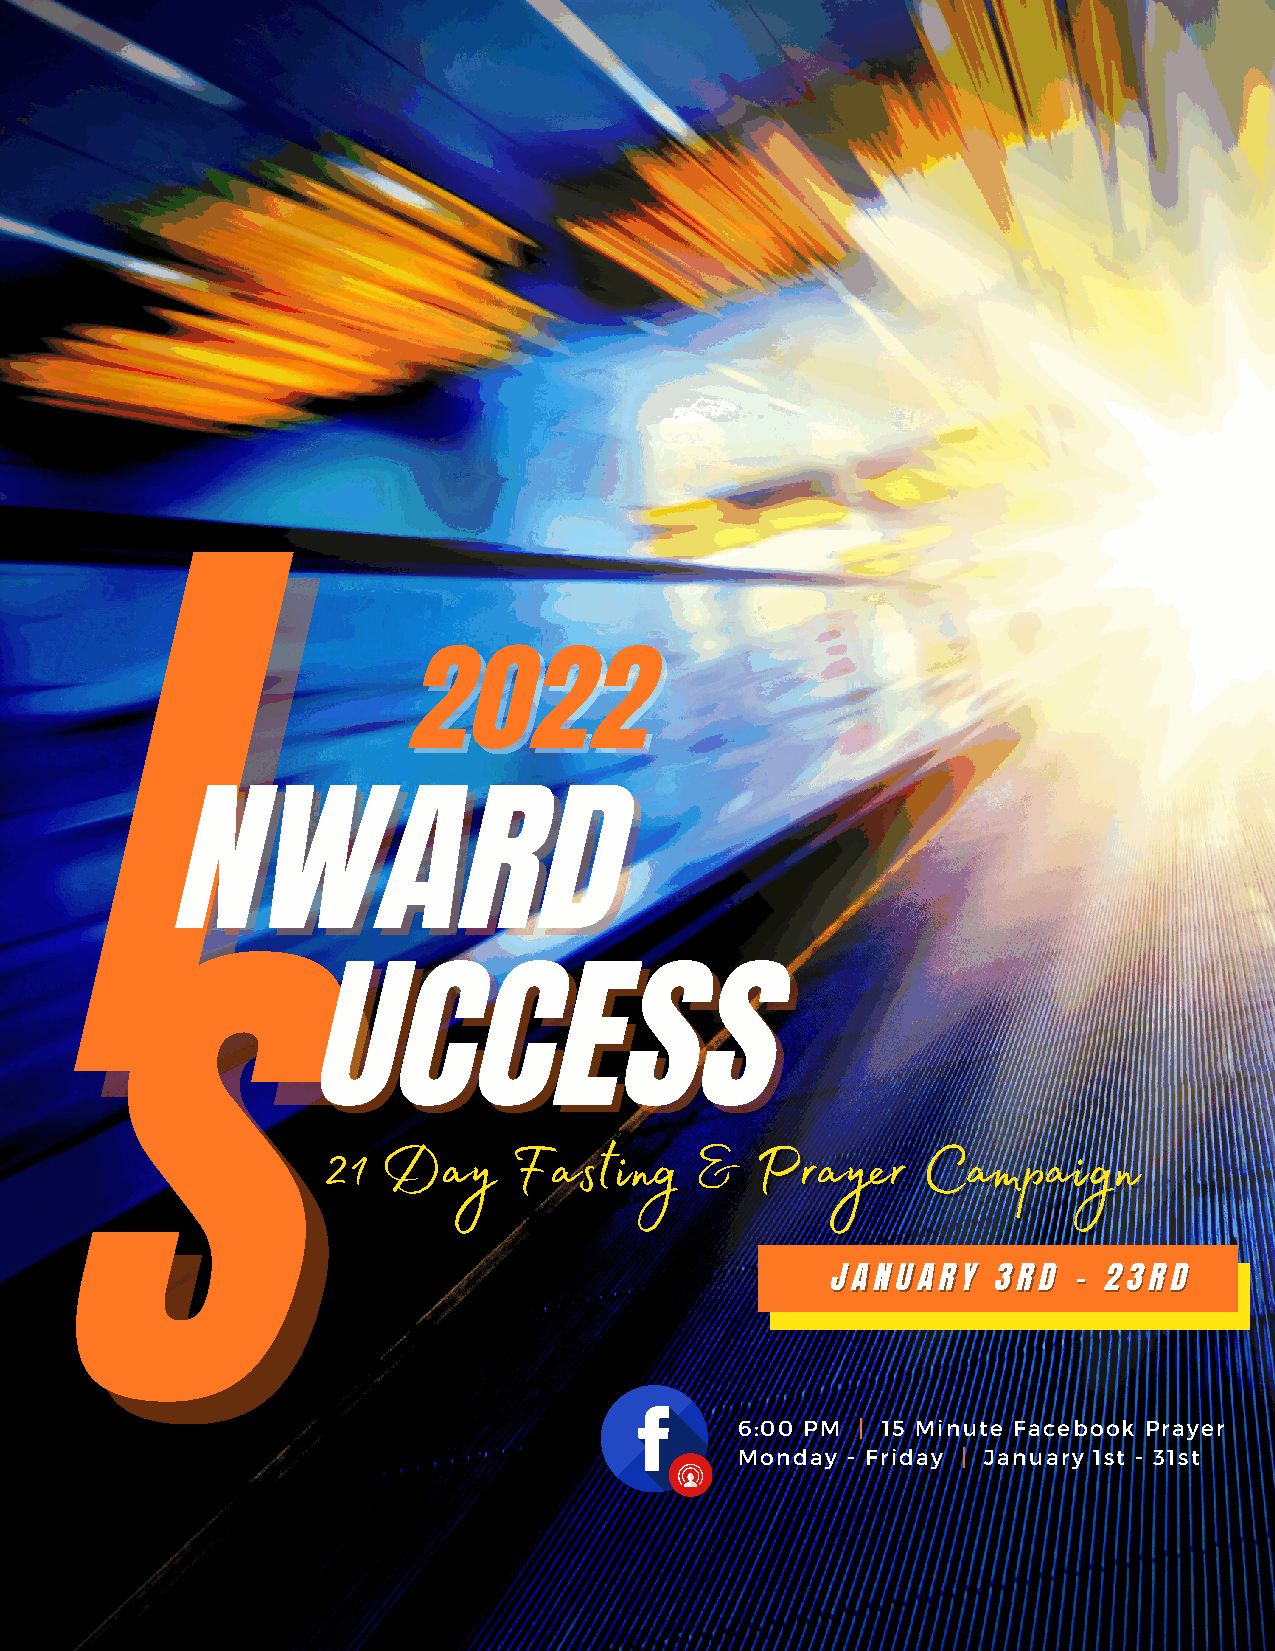
I                   22002222
 I
 NWARD
 NWARD
 UCCESS
 UCCESS
 S
 S
 2211 DDaayy  FFaassttiinngg && PPrraayyeerr CCaammppaaiiggnn
 JJAANNUUAARRYY 33RRDD -- 2233RRDD
 6:00 PM | 15 Minute Facebook Prayer
 Monday - Friday | January 1st - 31st